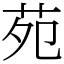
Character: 苑